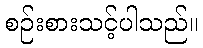
စဉ်းစားသင့်ပါသည်။